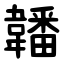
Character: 䪛